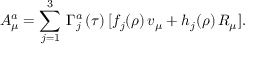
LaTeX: A _ { \mu } ^ { a } = \sum _ { j = 1 } ^ { 3 } \, \Gamma _ { j } ^ { a } \, ( \tau ) \, [ f _ { j } ( \rho ) \, v _ { \mu } + h _ { j } ( \rho ) \, R _ { \mu } ] .